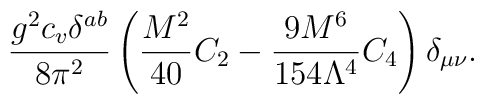
\frac{g^2 c_v \delta^{ab}}{8\pi^2}\left( \frac{M^2}{40}C_2 - \frac{9M^6}{154\Lambda^4}C_4\right)\delta_{\mu\nu}.